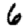
Digit: 6